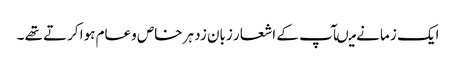
ایک ز مانے میںآپ کے اشعار زبان زد ہر خاص وعام ہوا کرتے تھے ۔